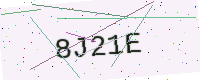
Text: 8J21E